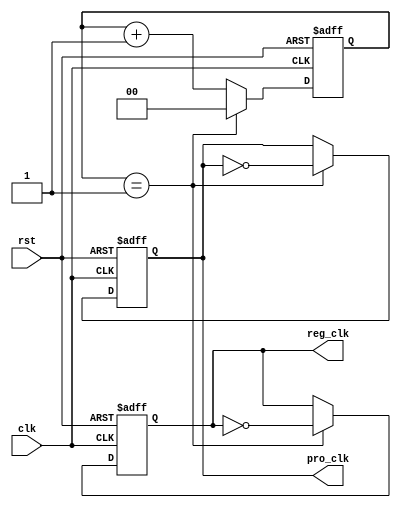
module divider(clk,rst,reg_clk,pro_clk);

	input clk;
	input rst;
	output reg reg_clk;
	output reg pro_clk;

	
	reg[1:0] cnt;

	always @(posedge clk or posedge rst) begin
		if (rst) begin
			cnt <= 2'b0;
			reg_clk <= 1'b0;
			pro_clk <= 1'b0;
		end
		else begin
			if (cnt == 1) begin
				reg_clk <= ~reg_clk;
				pro_clk <= ~pro_clk;
				cnt <= 2'b0;
			end
			else begin 
				cnt <= cnt + 2'b1;
			end
		end
	end
endmodule